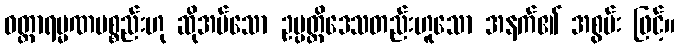
ဝတ္ထာရမ္မဏပစ္စည်းဟု ဆိုအပ်သော ဥပ္ပတ္တိဒေသတည်းဟူသော အနက်၏ အစွမ်း ဖြင့်။